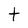
Character: t